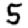
Digit: 5